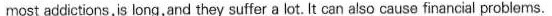
most addictions,is long,and they suffer a lot. It can also cause financial problems.